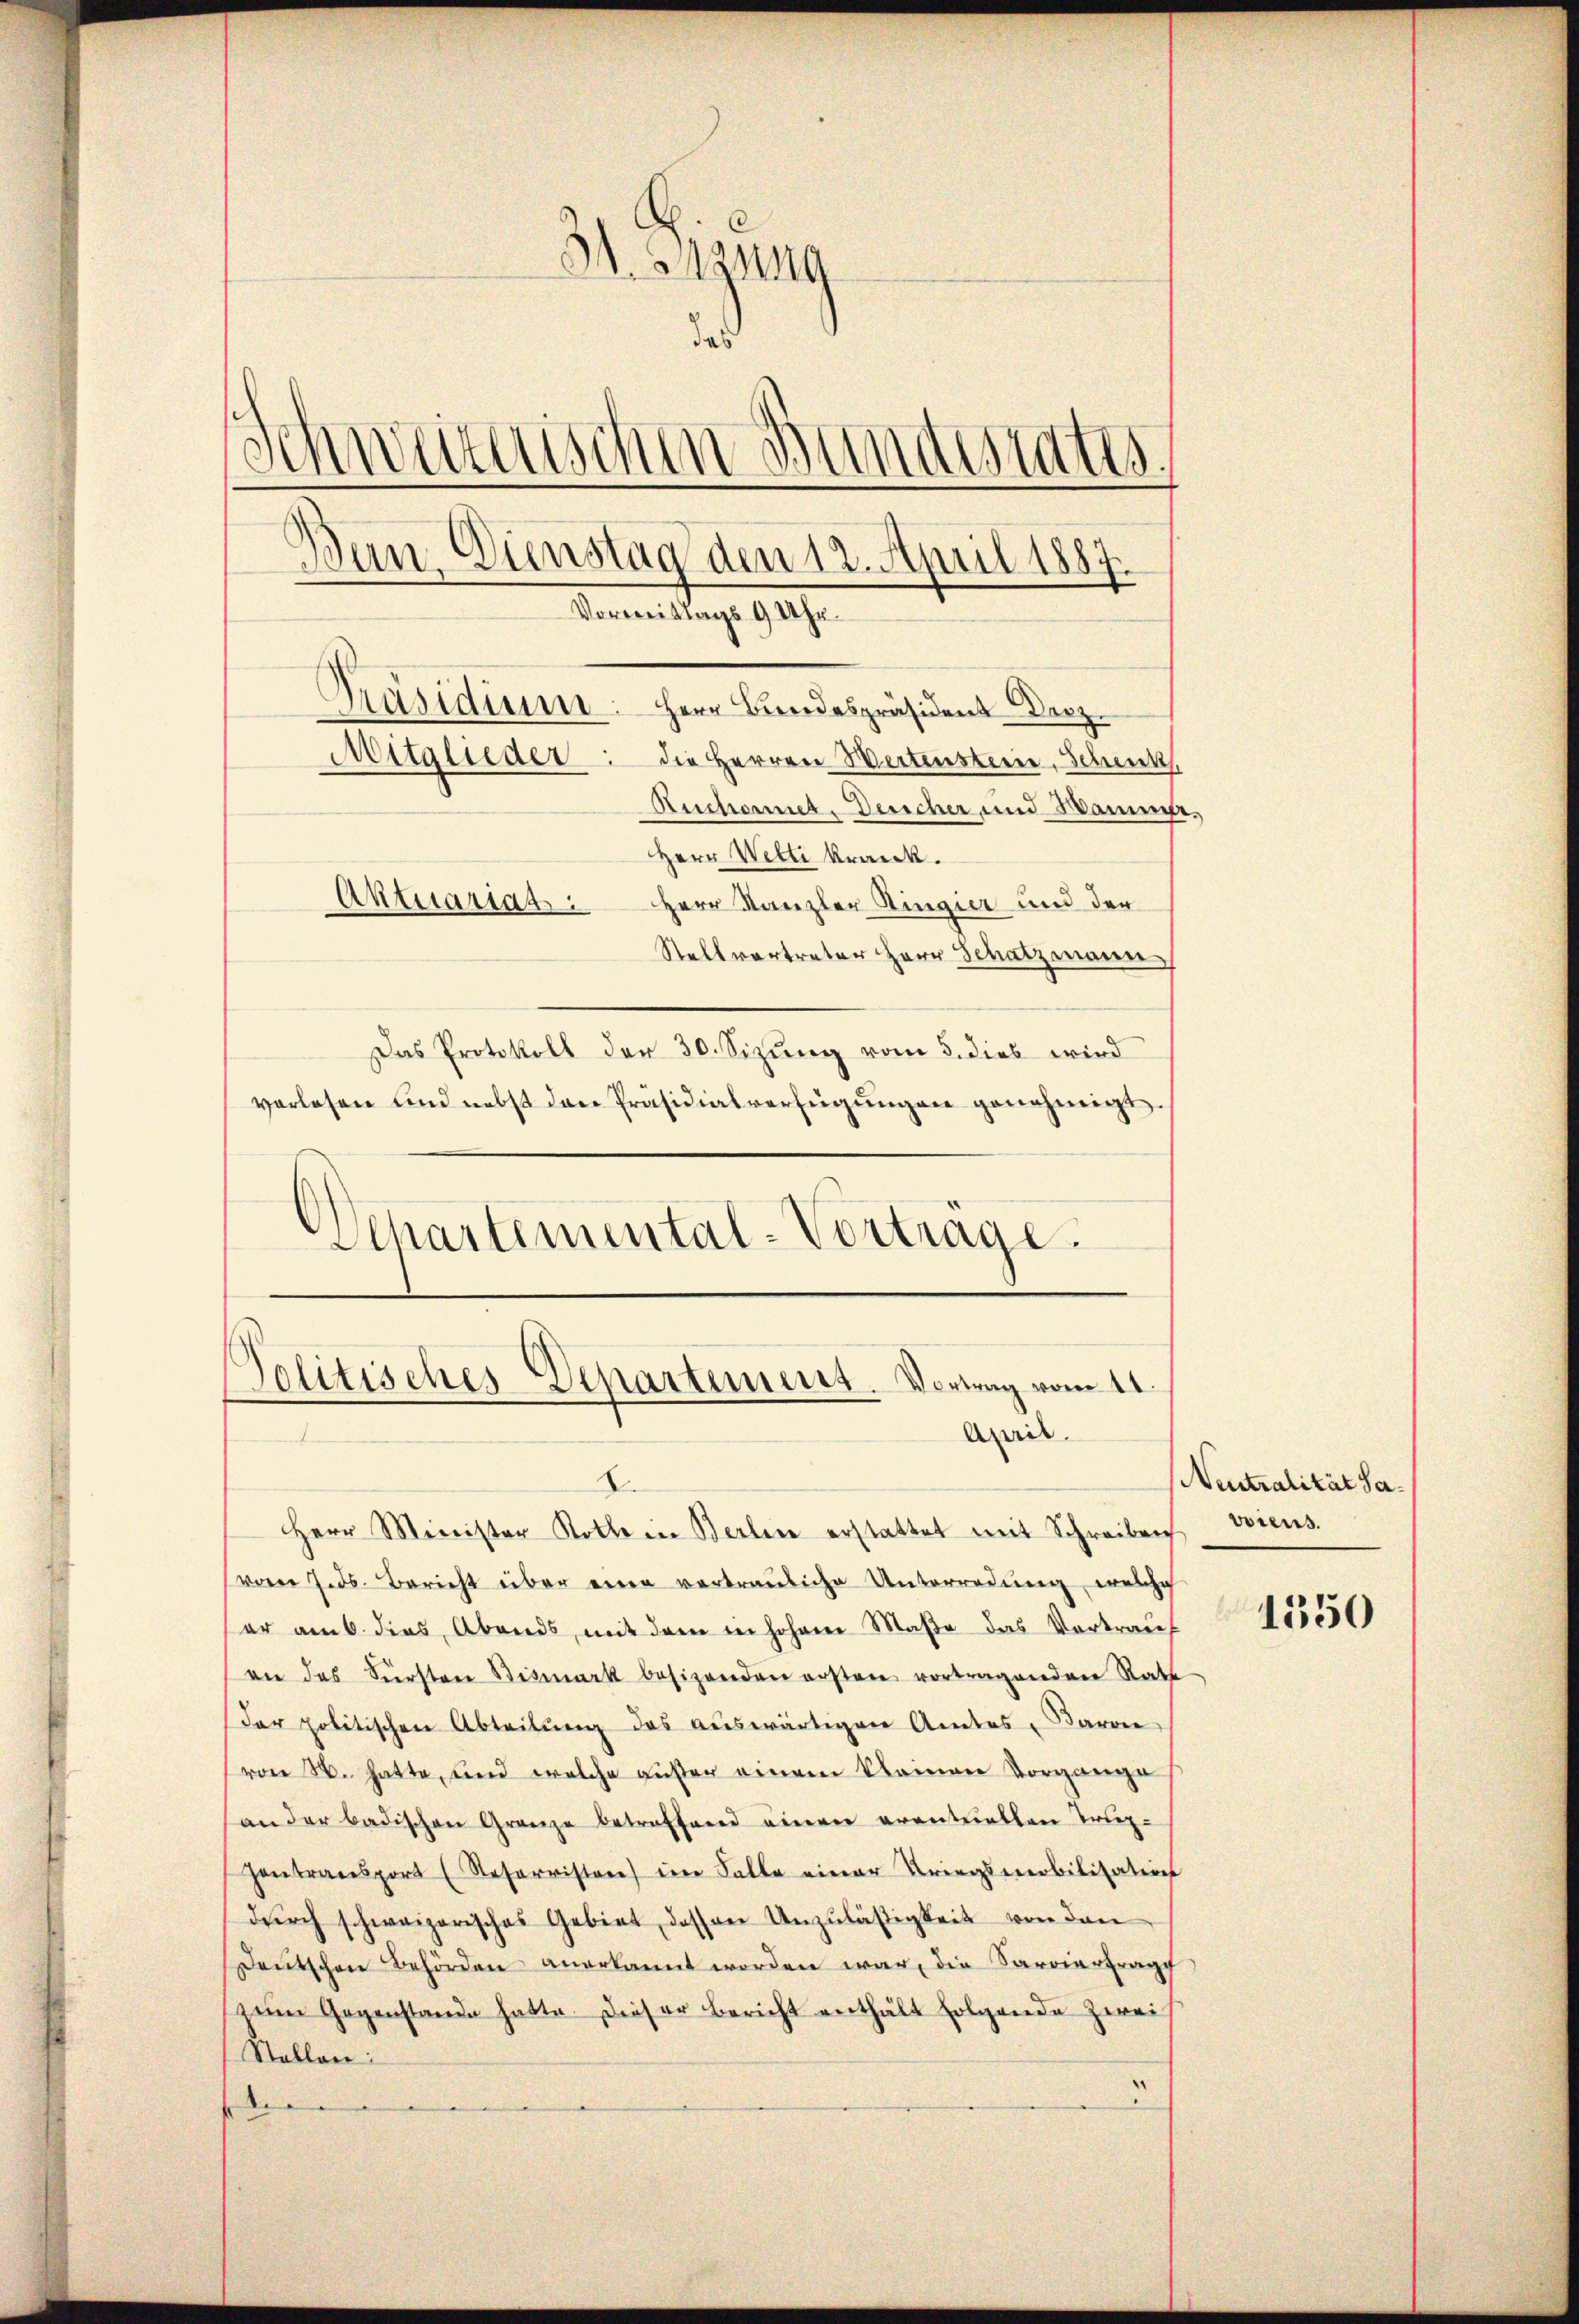
31. Anzung
das
Schweizerischen Bundesrates
Ban. Dienstag den 12. April 1887.
Vormittags 9 Uhr.
Präsidium:
Herr Brodespräsident Dez.
Mitglieder
die Herren Wertensterie, Schenk
Ruchornet. Desicher und Samme,
Herr Welti krank.
Aktuartat: Herr Kanzler Zingier und der
Stellvertreter Herr Schatzmann,
Das Protokoll der 30. Sizung vom 5. dies wird

vorlesen und nebst den Präsidialverfügŭngen genehmigt.
Separtemental-Vortrage.

Politisches Departement. Vortrag vom 11.
April.
D

Herr Minister Kolle in Berline erstattet mit Schreiben
vom 7. ds. Bericht über eine vertrauliche Unterredung, welche
er am 6. dies Abends, mit dem in hohen Maße das Vortrauf
an das Fürsten Bismark besizenden ersten vortragenden Rath
der politischen Abteilŭng des aŭswärtigen Amtes, Baron
von N. hatte, und welche außer einem Namen Vorgange
an der badischen Granze betreffend einen eventuellen Trup¬
Hontransport (Refornistere ein Falle einer Kriegsmobilisation
dŭrch schweizerisches Gebiet dessen Unzuläßigkeit von den
deŭtschen Behörden anerkannt worden war, die Sarvierfrage
zeim Gegenstande hatte. Dieser Bericht enthält folgende Zweif
Stallen:
e

Neutralität Saviens.

1550